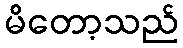
မိတော့သည်